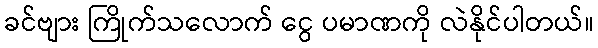
ခင်ဗျား ကြိုက်သလောက် ငွေ ပမာဏကို လဲနိုင်ပါတယ်။